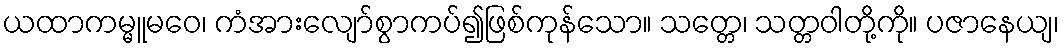
ယထာကမ္မူမဝေ၊ ကံအားလျော်စွာကပ်၍ဖြစ်ကုန်သော။ သတ္တေ၊ သတ္တဝါတို့ကို။ ပဇာနေယျ၊